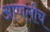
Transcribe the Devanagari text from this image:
आणलीच